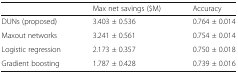
|  | Max net savings ($M) | Accuracy |
 | --- | --- | --- |
 | DUNs (proposed) | 3.403 ± 0.536 | 0.764 ± 0.014 |
 | Maxout networks | 3.241 ± 0.561 | 0.754 ± 0.014 |
 | Logistic regression | 2.173 ± 0.357 | 0.750 ± 0.018 |
 | Gradient boosting | 1.787 ± 0.428 | 0.739 ± 0.016 |